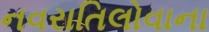
નવરાતિલોવાના